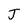
Character: J